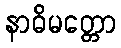
နာဓိမတ္တော